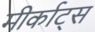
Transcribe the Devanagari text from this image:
मीर्काट्स